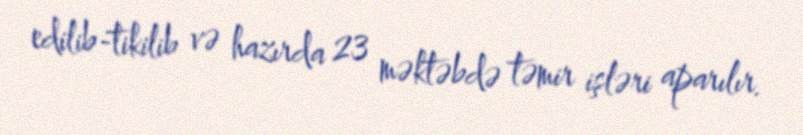
edilib-tikilib və hazırda 23 məktəbdə təmir işləri aparılır.